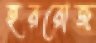
হররোজ